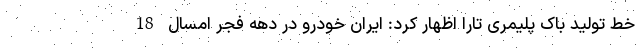
خط تولید باک پلیمری تارا اظهار کرد: ایران خودرو در دهه فجر امسال 18